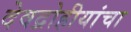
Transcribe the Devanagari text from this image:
देवद्रोहीयांचा